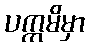
ပက္ကမိမှာ